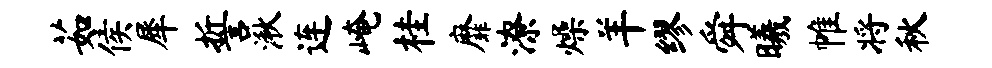
茹侯犀誓湫连崦桂靡潦燥羊缪舜曦帷将秋